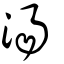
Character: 湯